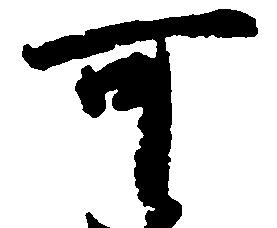
可